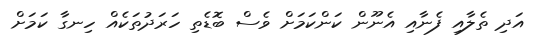
އަދި ތެލާއި ފެނާއި އެނޫން ކަންކަމަށް ވެސް ބޮޑެތި ހަރަދުތަކެއް ހިނގާ ކަމަށް